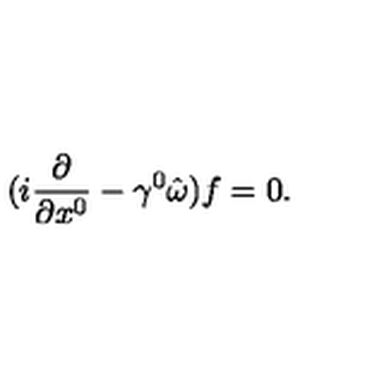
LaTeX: ( i \frac { \partial } { \partial x ^ { 0 } } - \gamma ^ { 0 } \hat { \omega } ) f = 0 .